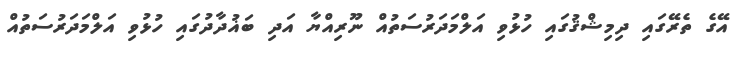
އޭގެ ތެރޭގައި ދިމިޝްޤުގައި ހުޅުވި އަލްމަދަރުސަތުއް ނޫރިއްޔާ އަދި ބަޣުދާދުގައި ހުޅުވި އަލްމަދަރުސަތުއް